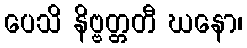
ပေသိ နိဗ္ဗတ္တတီ ဃနော၊